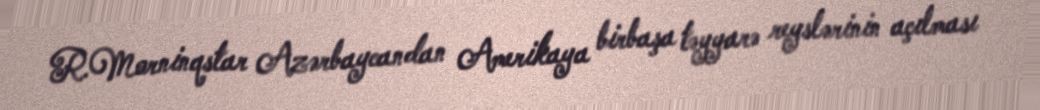
R.Morninqstar Azərbaycandan Amerikaya birbaşa təyyarə reyslərinin açılması